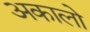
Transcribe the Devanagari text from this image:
अकालो